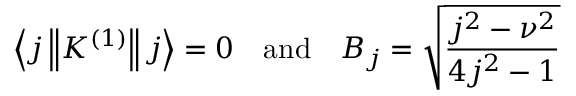
\left\langle j \left\| K ^ { ( 1 ) } \right\| j \right\rangle = 0 \quad { \mathrm { a n d } } \quad B _ { j } = { \sqrt { \frac { j ^ { 2 } - \nu ^ { 2 } } { 4 j ^ { 2 } - 1 } } }